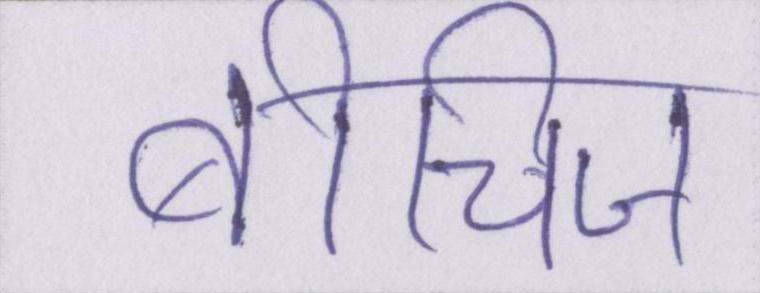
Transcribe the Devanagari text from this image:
बीचिज